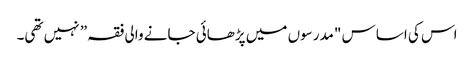
اس کی اساس "مدرسوں میں پڑھائی جانے والی فقہ” نہیں تھی۔